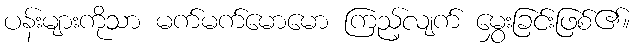
ပန်းများကိုသာ မက်မက်မောမော ကြည့်လျက် မွှေးခြင်းဖြစ်၏။